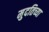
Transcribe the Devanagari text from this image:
मुदतिच्या